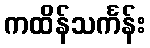
ကထိန်သင်္ကန်း